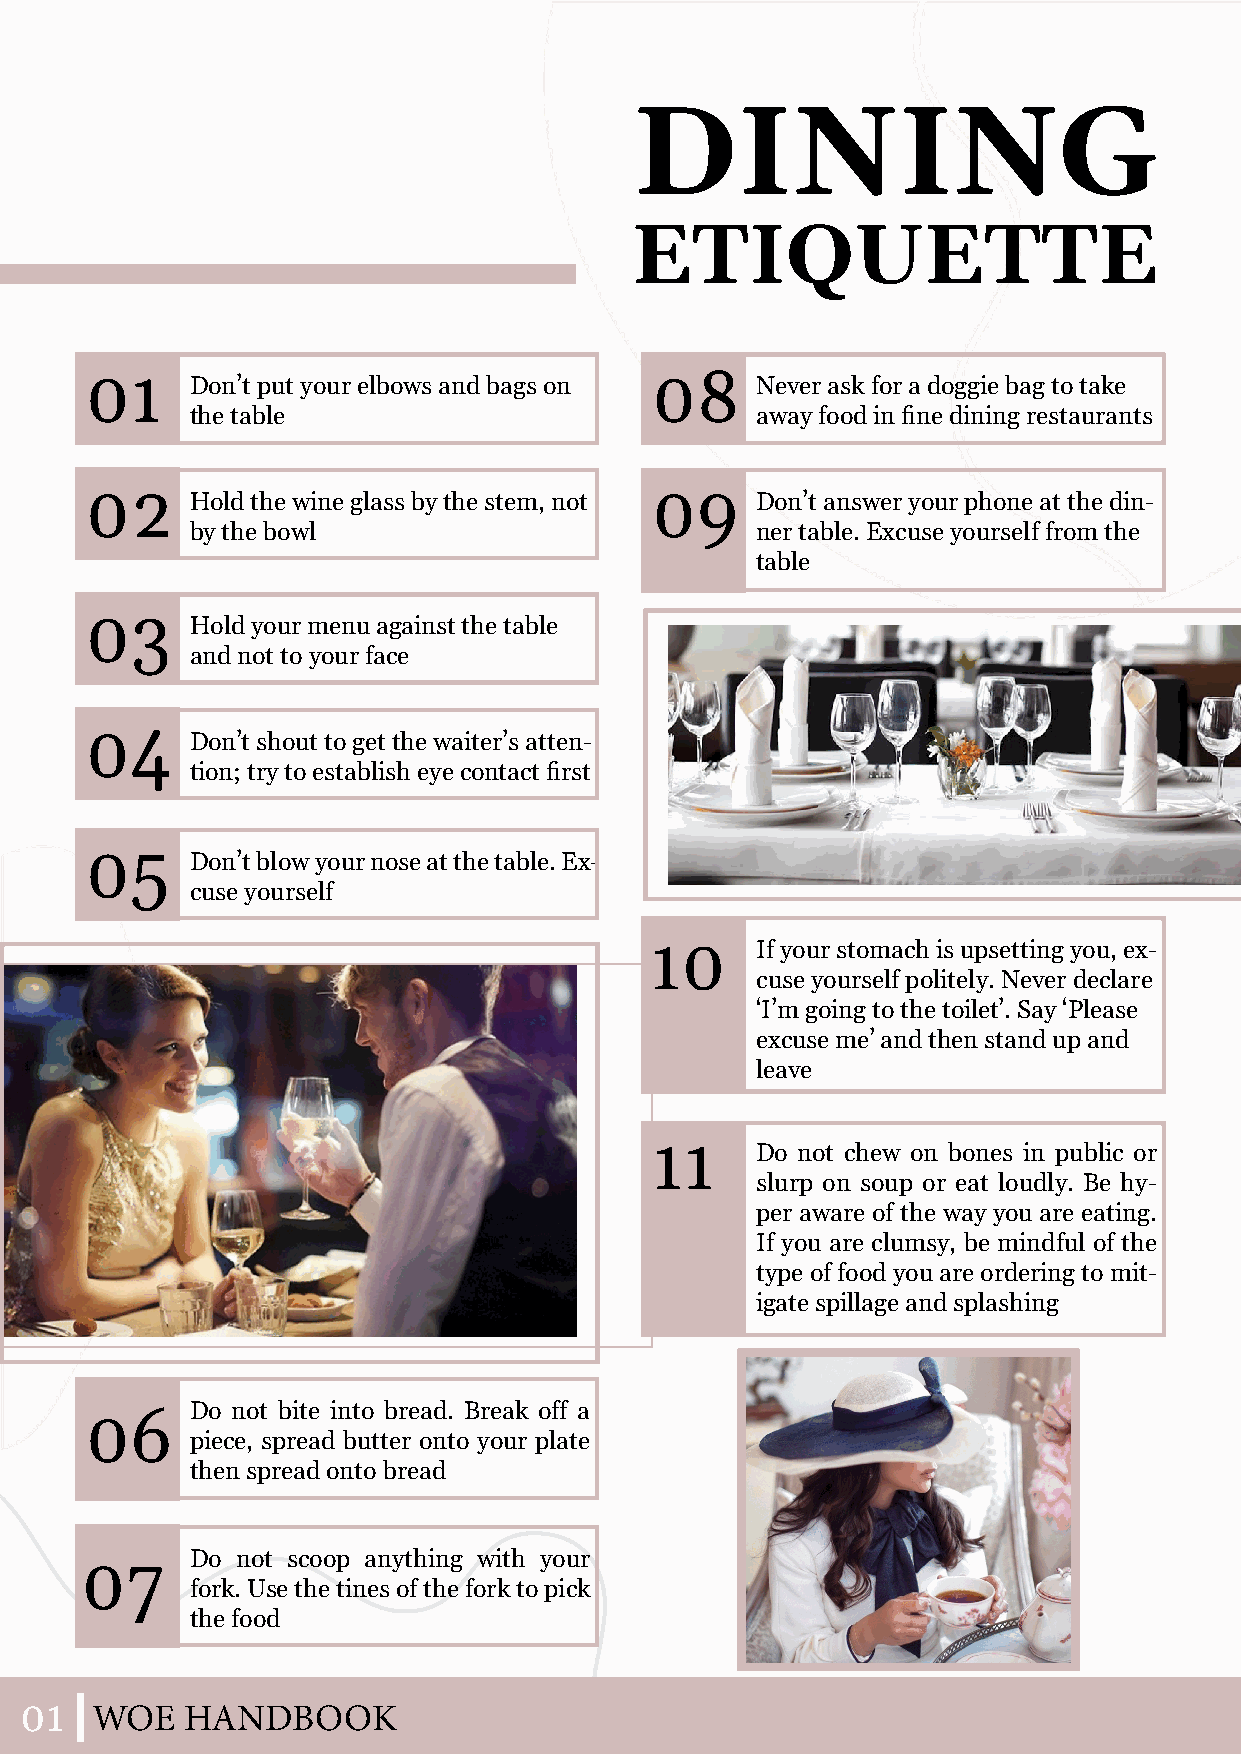
DINING
 ETIQUETTE
 01                                   08
 Don’t put your elbows and bags on    Never ask for a doggie bag to take
 the table                            away food in fine dining restaurants
 02                                   09
 Hold the wine glass by the stem, not Don’t answer your phone at the din-
 by the bowl                          ner table. Excuse yourself from the
 table
 03
 Hold your menu against the table
 and not to your face
 04
 Don’t shout to get the waiter’s atten-
 tion; try to establish eye contact first
 05
 Don’t blow your nose at the table. Ex-
 cuse yourself
 10     If your stomach is upsetting you, ex-
 cuse yourself politely. Never declare
 ‘I’m going to the toilet’. Say ‘Please
 excuse me’ and then stand up and
 leave
 11
 Do not chew on bones in public or
 slurp on soup or eat loudly. Be hy-
 per aware of the way you are eating.
 If you are clumsy, be mindful of the
 type of food you are ordering to mit-
 igate spillage and splashing
 06     Do not bite into bread. Break off a
 piece, spread butter onto your plate
 then spread onto bread
 07      Do not scoop anything with your
 fork. Use the tines of the fork to pick
 the food
 01   WWOOEE HHAANNDDB BOOOOKK